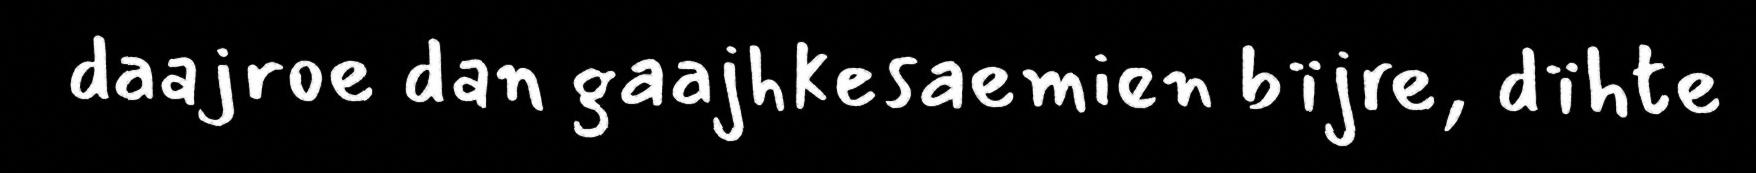
daajroe dan gaajhkesaemien bïjre, dïhte